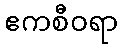
ဧကစီဝရာ